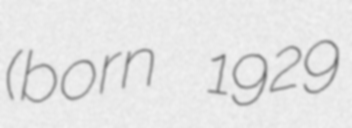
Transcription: (born 1929